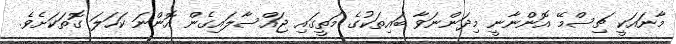
މާނައަކީ ޗިސްމޭ އޮންނާނީ މިދަންނަވާ ބައިތަކުގެ މަތީގައި ޖައްސާލައިގެން އޮންނަ ކަހަލަ ގޮތަކަށެވެ.